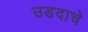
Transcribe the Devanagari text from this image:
उडदाचे